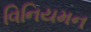
વિનિયમન